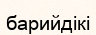
барийдікі